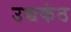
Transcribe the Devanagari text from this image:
उच्चकंठ